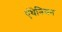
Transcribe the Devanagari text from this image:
एंथेनियन